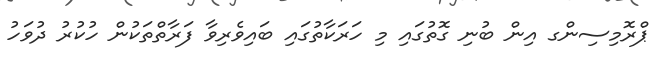
ޕްރޮމިސިންގ އިން ބުނި ގޮތުގައި މި ހަރަކާތުގައި ބައިވެރިވާ ފަރާތްތަކުން ހުކުރު ދުވަހު